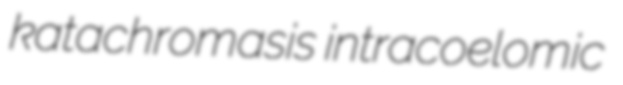
katachromasis intracoelomic